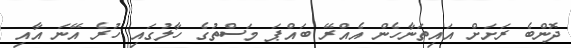
ދޮންބެ ރަށަށް އައިތަނާހެން އެއްރޭ ބައްޕަ މަސްތުގެ ހާލުގައި ހުރެ އޭނަ އާއި